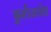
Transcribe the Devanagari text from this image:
कुतीअतोड